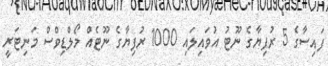
ފައިސާގެ 5 ރުފިޔާގެ ނޫޓު އުވައިލައި 1000 ރުފިޔާގެ ނޫޓެއް މޯލްޑިވްސް މަނިޓަރީ